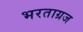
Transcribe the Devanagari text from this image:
भरताग्रज